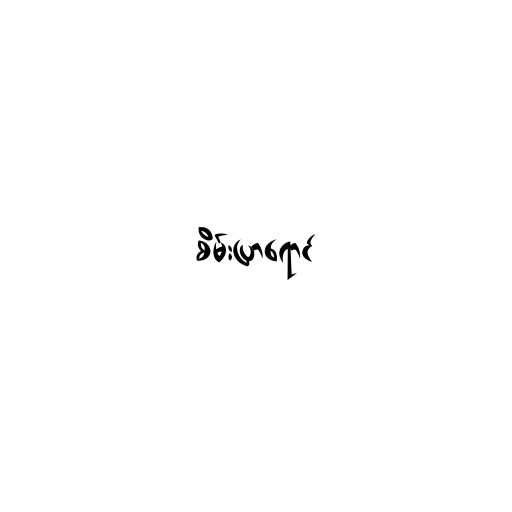
စိမ်းပြာရောင်